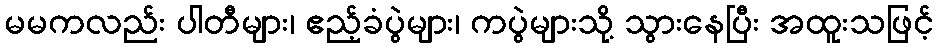
မမကလည်း ပါတီများ၊ ဧည့်ခံပွဲများ၊ ကပွဲများသို့ သွားနေပြီး အထူးသဖြင့်